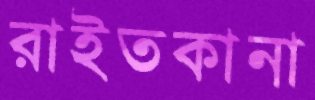
রাইতকানা